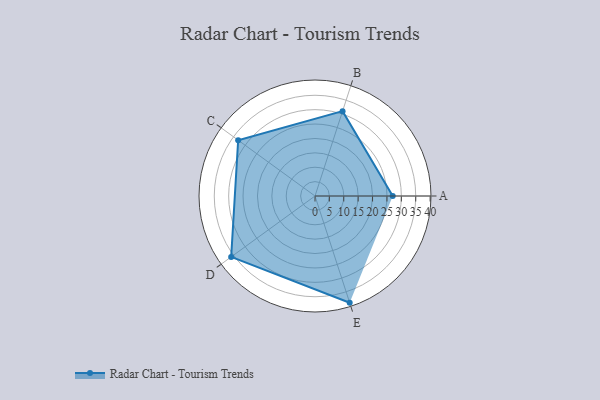
{"axis": {"x": "Skill", "y": "Score"}, "legend": ["Profile"], "data": [{"x": "A", "y": 27.0, "type": "Profile"}, {"x": "B", "y": 31.0, "type": "Profile"}, {"x": "C", "y": 33.0, "type": "Profile"}, {"x": "D", "y": 36.0, "type": "Profile"}, {"x": "E", "y": 39.0, "type": "Profile"}]}